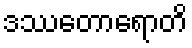
ဒဿေတာရောတိ